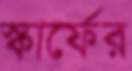
স্কার্ফের